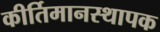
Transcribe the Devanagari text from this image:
कीर्तिमानस्थापक